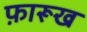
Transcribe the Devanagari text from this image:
फ़ारूख